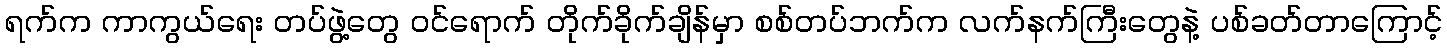
ရက်က ကာကွယ်ရေး တပ်ဖွဲ့တွေ ဝင်ရောက် တိုက်ခိုက်ချိန်မှာ စစ်တပ်ဘက်က လက်နက်ကြီးတွေနဲ့ ပစ်ခတ်တာကြောင့်